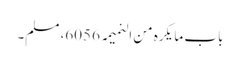
باب ما یکرہ من النمیمہ 6056، مسلم۔